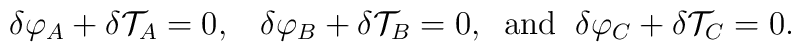
{\delta}\varphi_A+{\delta}{\cal T}_A=0,\;\;\;{\delta}\varphi_B+{\delta}{\cal T}_B=0,\;\;\mbox{and}\;\;{\delta}\varphi_C+{\delta}{\cal T}_C=0.